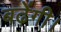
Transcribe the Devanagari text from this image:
बढ़ेंगी।